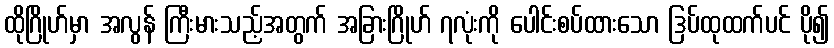
ထိုဂြိုဟ်မှာ အလွန် ကြီးမားသည့်အတွက် အခြားဂြိုဟ် ၇လုံးကို ပေါင်းစပ်ထားသော ဒြပ်ထုထက်ပင် ပို၍